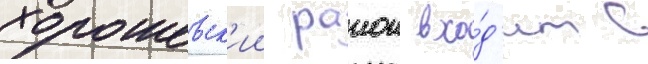
хорошевск'ии раион вхо́д'ит в